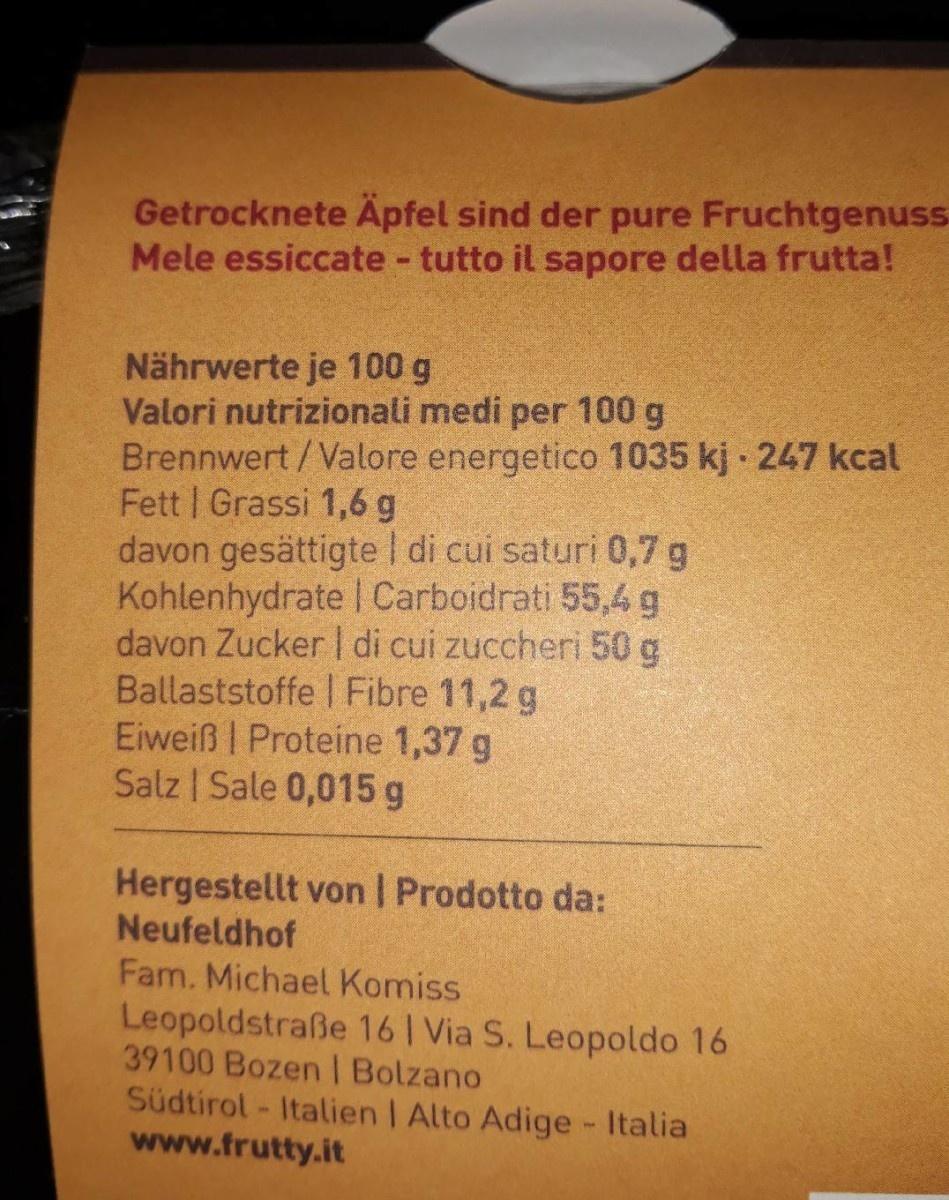
Getrocknete Äpfel sind der pure Fruchtgenuss- Mele essiccate tutto il sapore della frutta!
Nährwerte je 100 g Valori nutrizionali medi per 100 g Brennwert / Valore energetico 1035 kj · 247 kcal Fett | Grassi 1,6 g davon gesättigte | di cui saturi 0,7 g Kohlenhydrate | Carboidrati 55,4 g davon Zucker di cui zuccheri 50 g Ballaststoffe Fibre 11,2 g Eiweiß I Proteine 1,37 g Salz | Sale 0,015 g
Hergestellt von | Prodotto da: Neufeldhof Fam. Michael Komiss
Leopoldstraße 16| Via S. Leopoldo 16 39100 Bozen I Bolzano Südtirol - Italien I Alto Adige - Italia www.frutty.it